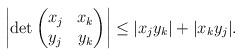
LaTeX: \begin{align*}\left |\det\begin{pmatrix} x_j & x_k \\ y_j & y_k \end{pmatrix}\right| \le |x_jy_k|+|x_ky_j|.\end{align*}